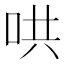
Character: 哄